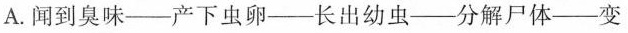
A. 闻到臭——产下虫卵——长出幼虫——分解尸体——变